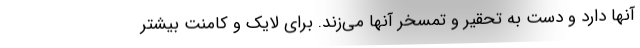
آنها دارد و دست به تحقیر و تمسخر آنها می‌زند. برای لایک و کامنت بیشتر